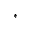
^ \ast